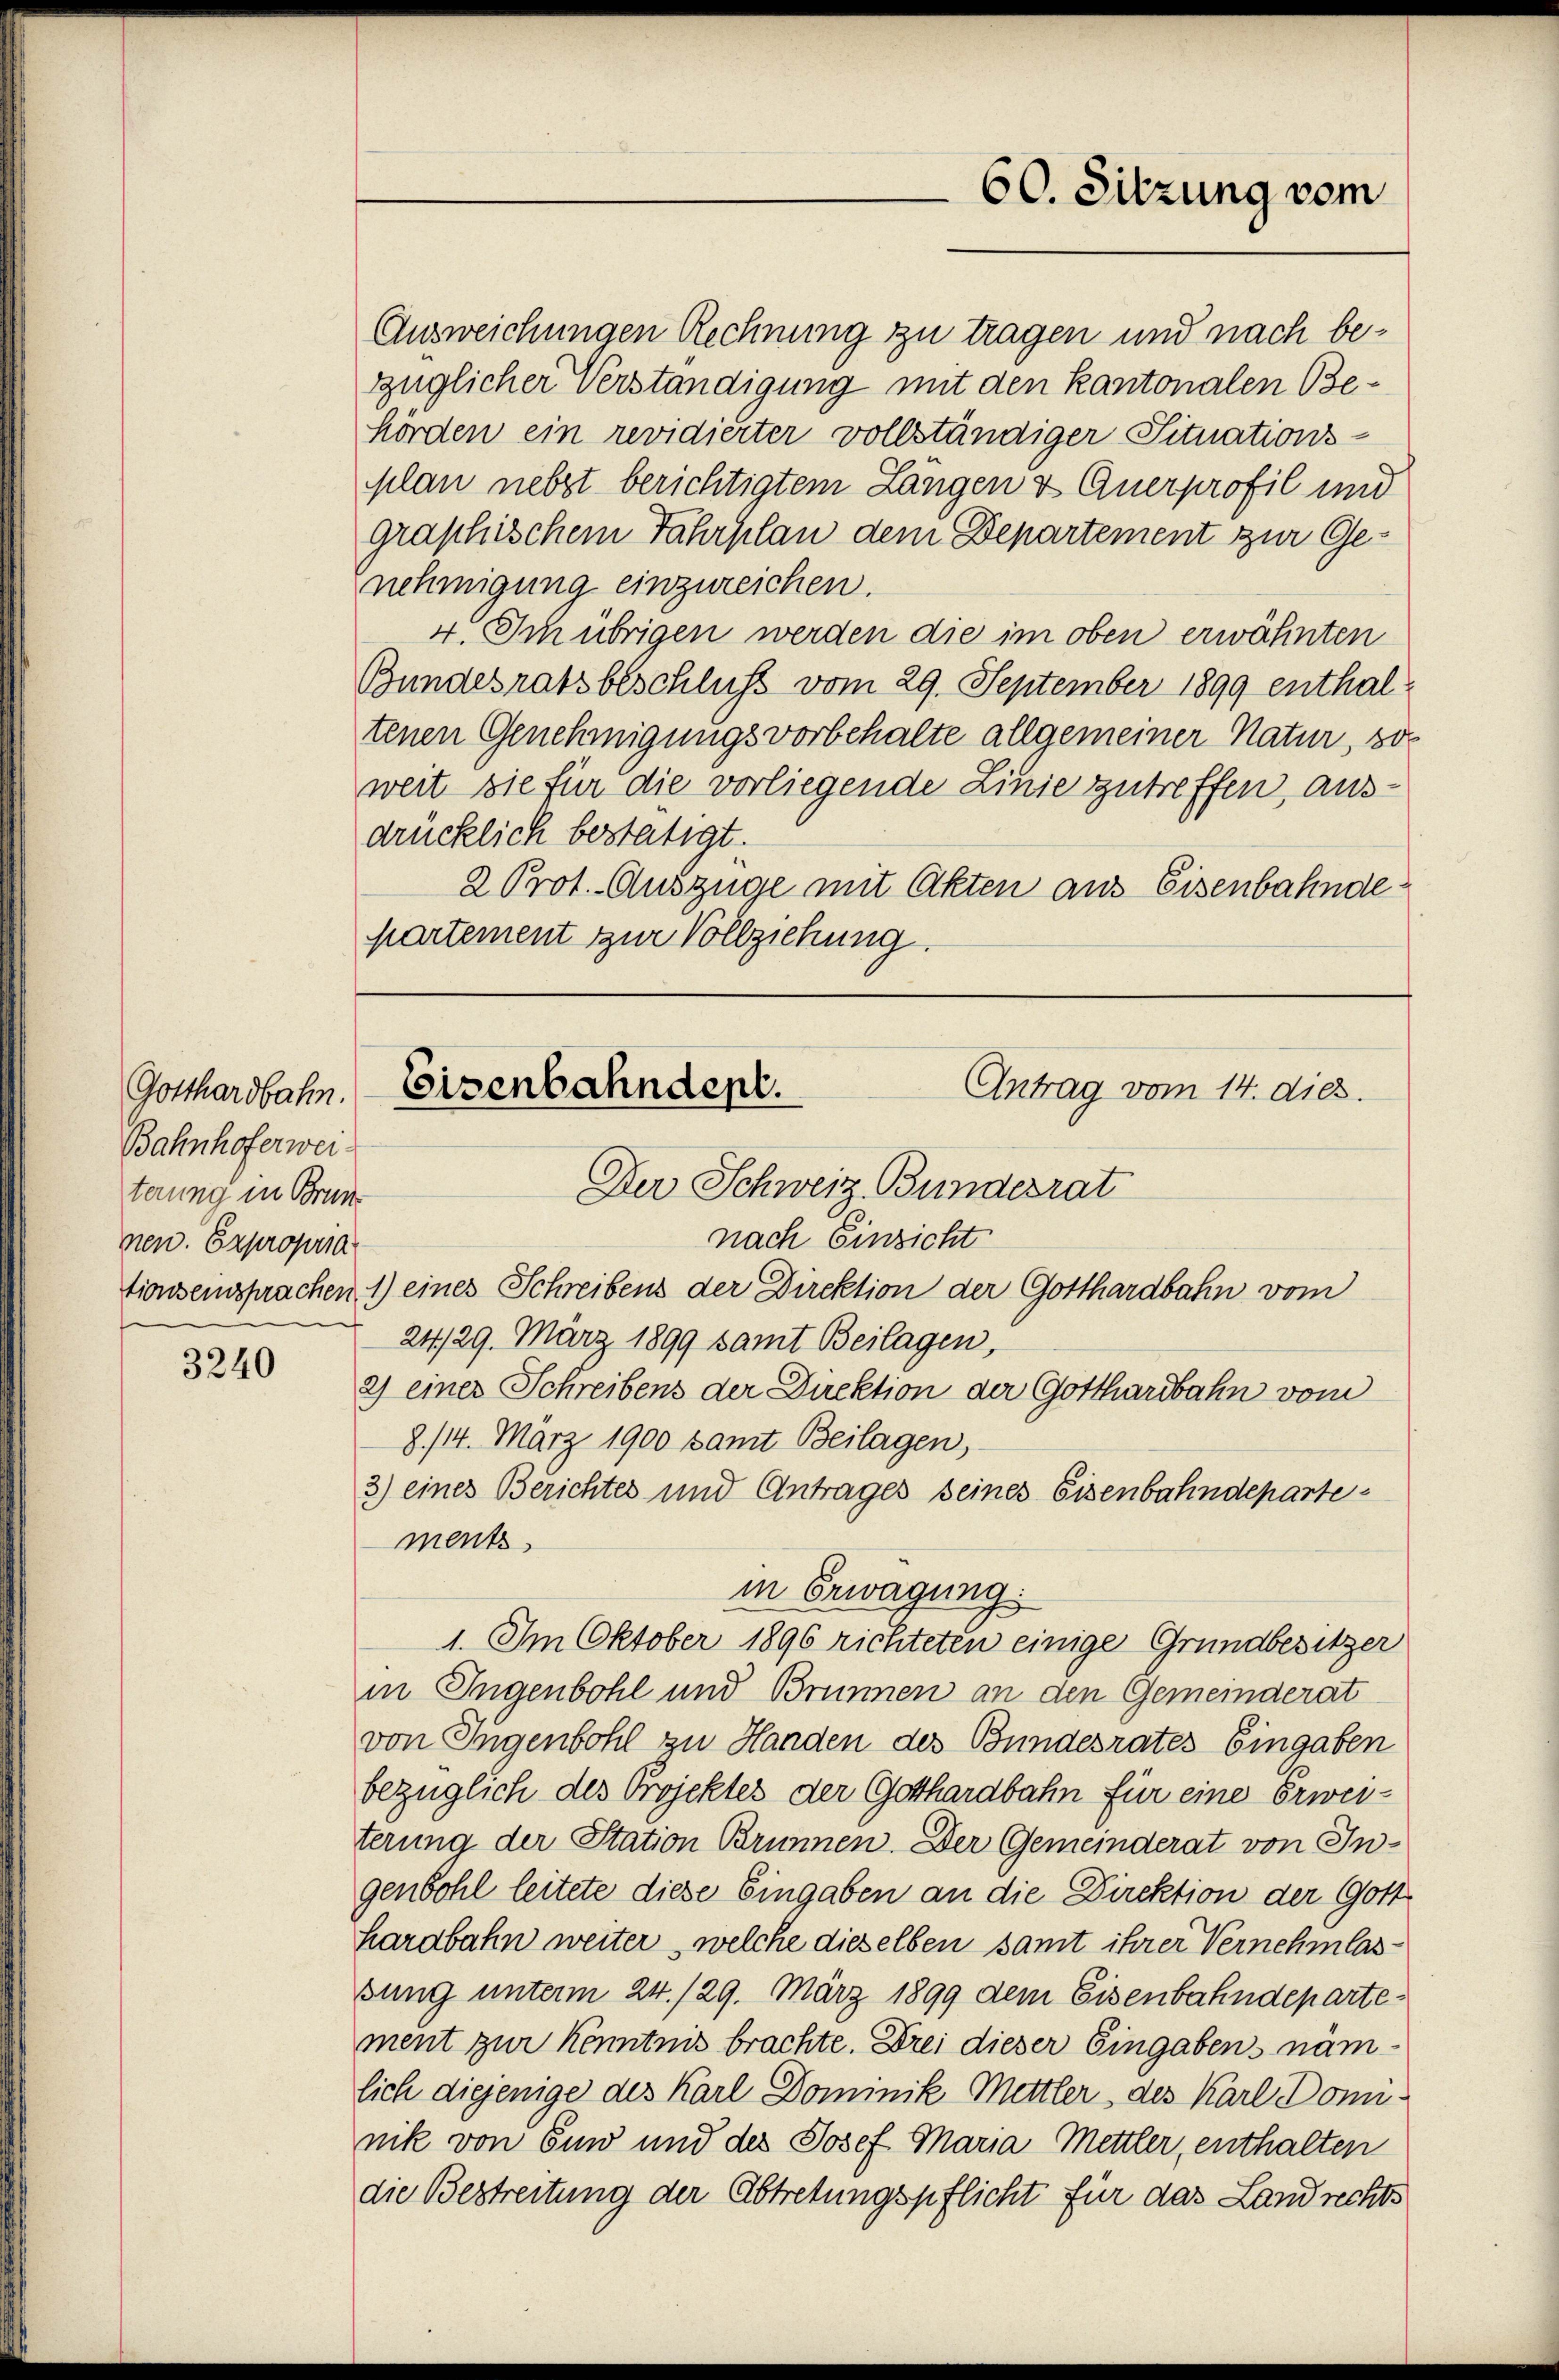
Gotthardbahn.
Bahnhoferwei-
terung in Brun
nen. Expropria

3240

Ausweichungen Rechnung zu tragen und nach bezüglicher Verständigung mit den kantonalen Behörden ein revidierter vollständiger Situations-
plan nebst berichtigtem Längen & Anerprofil und
graphischem Fahrplan dem Departement zur Genehmigung einzureichen.
4. Im übrigen werden die im oben erwähnten
Bundesratsbeschluss vom 29. September 1899 enthaltenen Genehmigungsvorbehalte allgemeiner Natur, so
weit sie für die vorliegende Linie zutreffen, ausdrücklich bestätigt.
2 Prot. Auszüge mit Akten aus Eisenbahndepartement zur Vollziehung.

60. Sitzung vom

Eisenbahndept.
Antrag vom 14. dies.
Der Schweiz. Bundesrat

nach Einsicht
tionseinsprachen 1) eines Schreibens der Direktion der Gotthardbahn vom
24/29. März 1899 samt Beilagen,
2) einer Schreibens der Direktion der Gotthardbahn vom
8./14. März 1900 samt Beilagen,
3) eines Berichtes und Antrages seines Eisenbahndepartements
in Erwägung
1. Im Oktober 1896 richteten einige Grundbesitzer
in Ingenbohl und Brunnen an den Gemeinderat
von Ingenbohl zu Handen des Bundesrates Eingaben
bezüglich des Projektes der Gotthardbahn für eine Erweiterung der Station Brunnen. Der Gemeinderat von Ingenbohl leitete diese Eingaben an die Direktion der Gott
hardbahn weiter, welche dieselben samt ihrer Vernehmlasbung unterm 24./29. März 1899 dem Eisenbahndepartement zur Kenntnis brachte. Drei dieser Eingabens näm-
lich diejenige des Karl Dominik Mettler, des Karl Donnnik von Ein und des Josef Maria Mettler, enthalten
die Bestreitung der Abtretungspflicht für das Landrechts